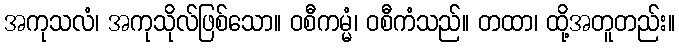
အကုသလံ၊ အကုသိုလ်ဖြစ်သော။ ဝစီကမ္မံ၊ ဝစီကံသည်။ တထာ၊ ထို့အတူတည်း။